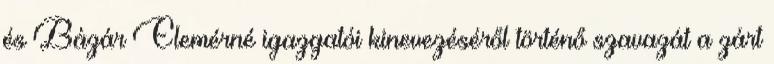
és Bázár Elemérné igazgatói kinevezéséről történő szavazát a zárt